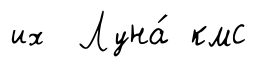
их Луна́ кмс